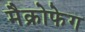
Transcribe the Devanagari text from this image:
मैक्रोफेग